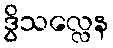
ဒွိသလ္လေန